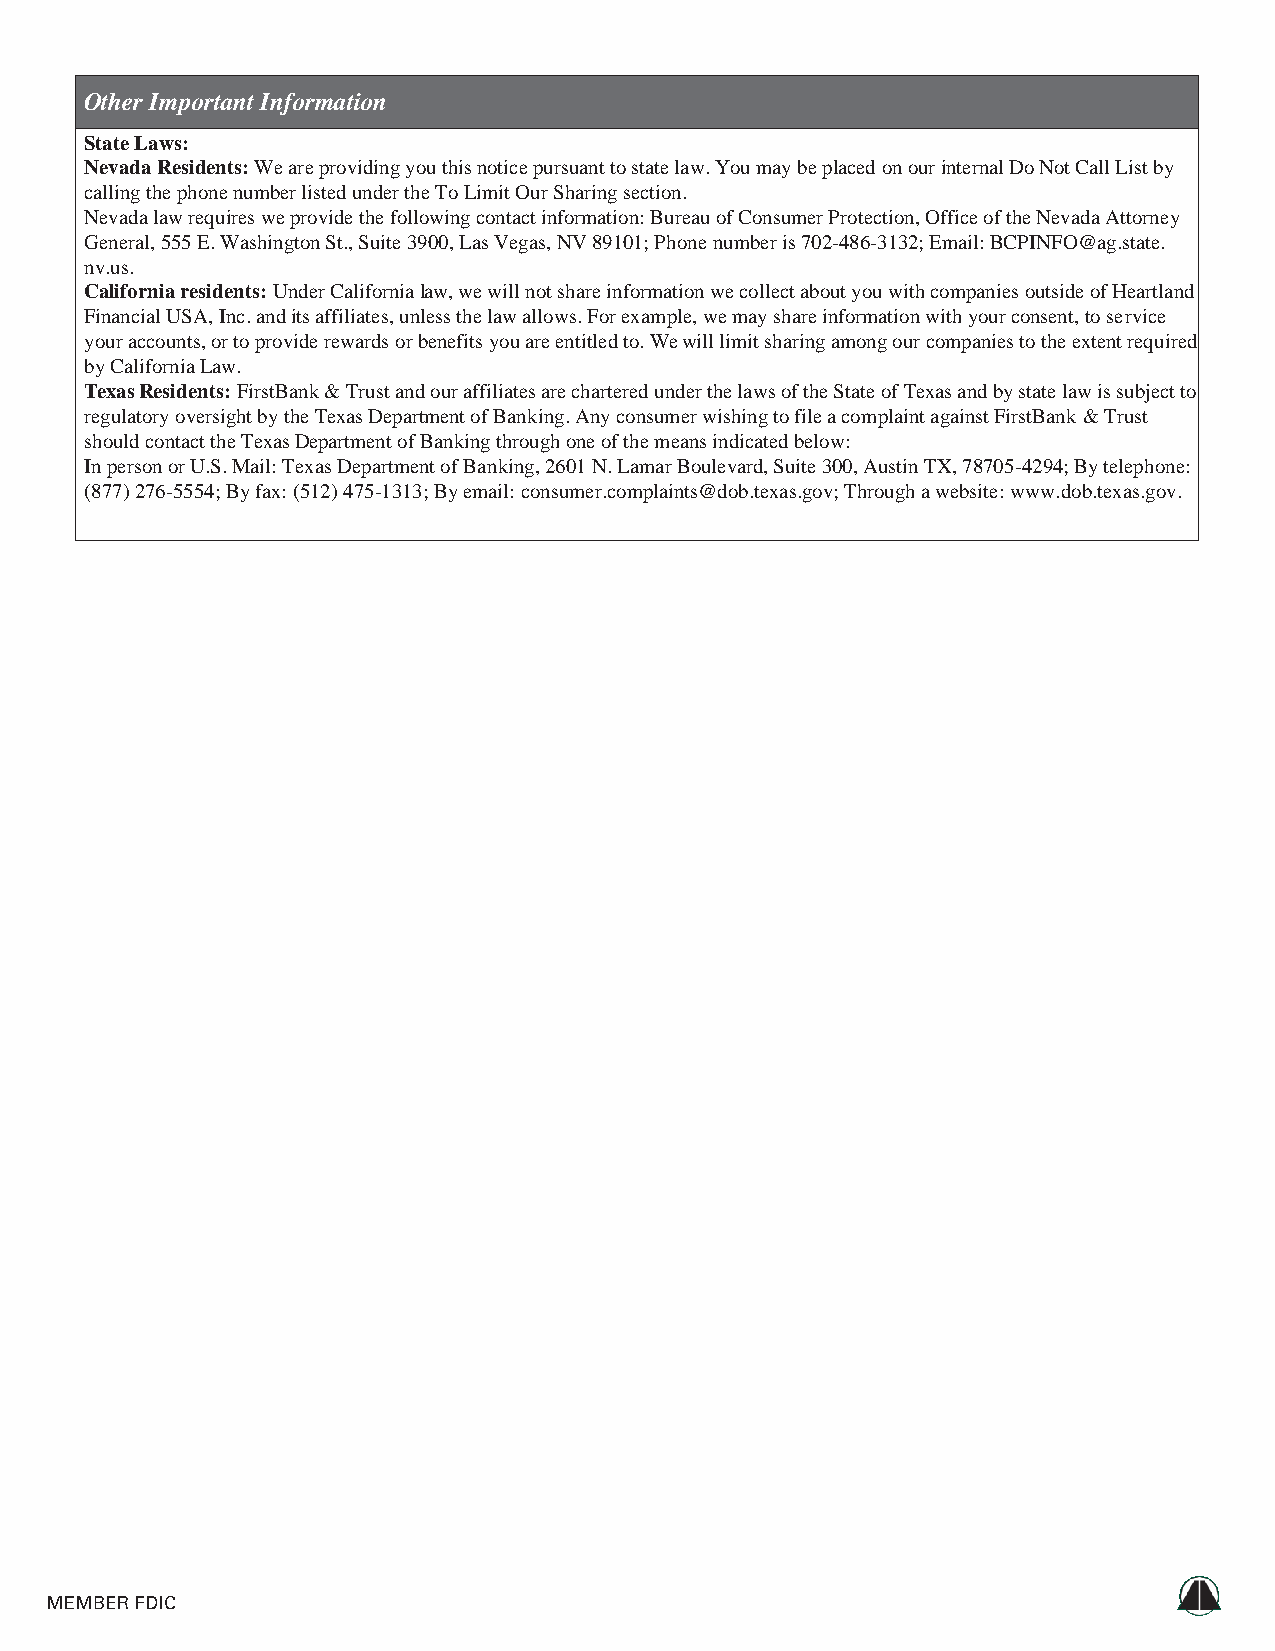
Other Important Information
 State Laws:
 Nevada Residents: We are providing you this notice pursuant to state law. You may be placed on our internal Do Not Call List by
 calling the phone number listed under the To Limit Our Sharing section.
 Nevada law requires we provide the following contact information: Bureau of Consumer Protection, Office of the Nevada Attorney
 General, 555 E. Washington St., Suite 3900, Las Vegas, NV 89101; Phone number is 702-486-3132; Email: BCPINFO@ag.state.
 nv.us.
 California residents: Under California law, we will not share information we collect about you with companies outside of Heartland
 Financial USA, Inc. and its affiliates, unless the law allows. For example, we may share information with your consent, to service
 your accounts, or to provide rewards or benefits you are entitled to. We will limit sharing among our companies to the extent required
 by California Law.
 Texas Residents: FirstBank & Trust and our affiliates are chartered under the laws of the State of Texas and by state law is subject to
 regulatory oversight by the Texas Department of Banking. Any consumer wishing to file a complaint against FirstBank & Trust
 should contact the Texas Department of Banking through one of the means indicated below:
 In person or U.S. Mail: Texas Department of Banking, 2601 N. Lamar Boulevard, Suite 300, Austin TX, 78705-4294; By telephone:
 (877) 276-5554; By fax: (512) 475-1313; By email: consumer.complaints@dob.texas.gov; Through a website: www.dob.texas.gov.